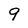
Character: 9